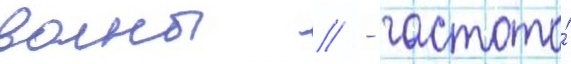
волны // - частота́